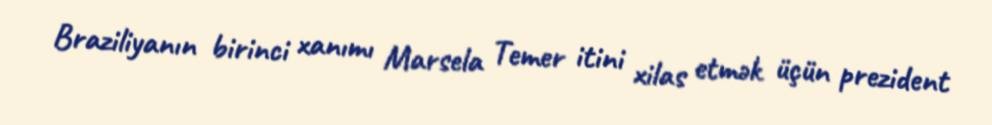
Braziliyanın birinci xanımı Marsela Temer itini xilas etmək üçün prezident